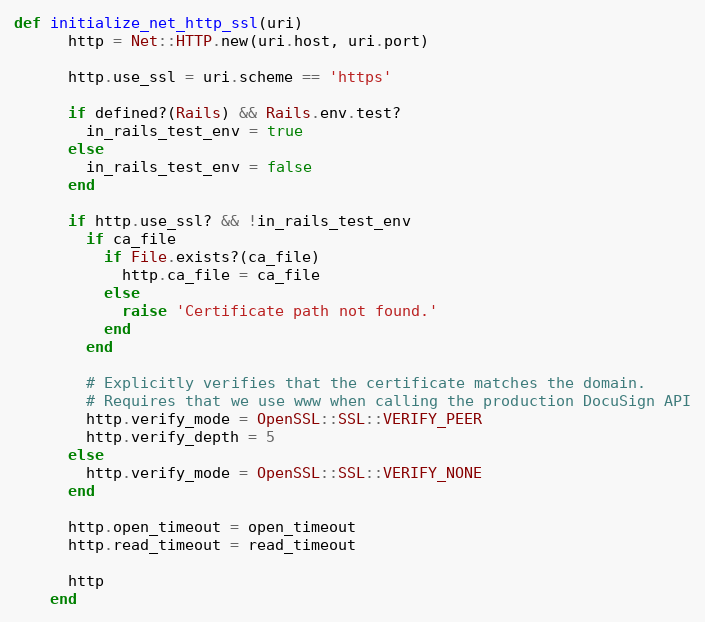
Language: Ruby
def initialize_net_http_ssl(uri)
      http = Net::HTTP.new(uri.host, uri.port)

      http.use_ssl = uri.scheme == 'https'

      if defined?(Rails) && Rails.env.test?
        in_rails_test_env = true
      else
        in_rails_test_env = false
      end

      if http.use_ssl? && !in_rails_test_env
        if ca_file
          if File.exists?(ca_file)
            http.ca_file = ca_file
          else
            raise 'Certificate path not found.'
          end
        end

        # Explicitly verifies that the certificate matches the domain.
        # Requires that we use www when calling the production DocuSign API
        http.verify_mode = OpenSSL::SSL::VERIFY_PEER
        http.verify_depth = 5
      else
        http.verify_mode = OpenSSL::SSL::VERIFY_NONE
      end

      http.open_timeout = open_timeout
      http.read_timeout = read_timeout

      http
    end